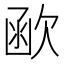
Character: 𣣖